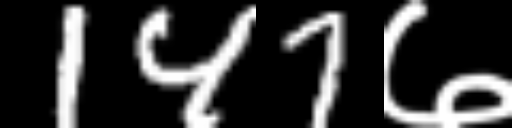
Text: 147७